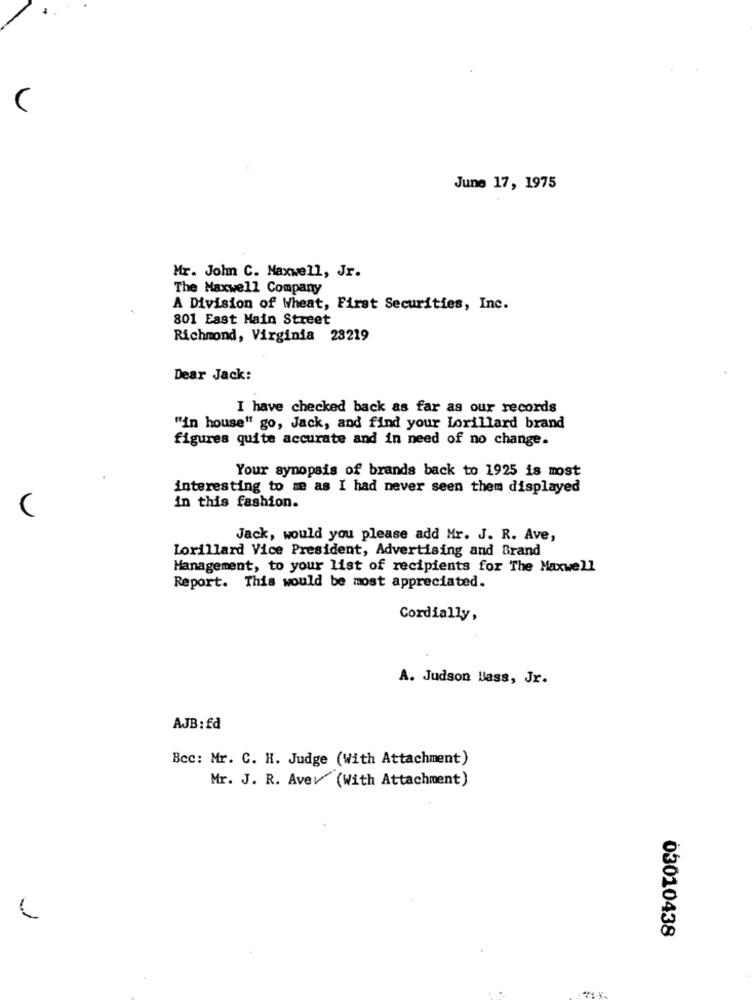
(
June 17, 1975
Mr. John C. Maxwell, Jr.
The Maxwell Company
A Division of Wheat, First Securities, Inc.
801 East Main Street
Richmond, Virginia 23219
Dear Jack:
I have checked back as far as our records
"in house" go, Jack, and find your Lorillard brand
figures quite accurate and in need of no change.
Your synopsis of brands back to 1925 is most
interesting to me as I had never seen them displayed
in this fashion.
Jack, would you please add Mr. J. R. Ave,
Lorillard Vice President, Advertising and Brand
Management, to your list of recipients for The Maxwell
Report. This would be most appreciated.
Cordially,
A. Judson Bass, Jr.
AJB: £d
Bcc: Mr. C. H. Judge (With Attachment)
Mr. J. R. Aver (With Attachment)
03010438